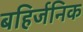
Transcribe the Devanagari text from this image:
बहिर्जनिक